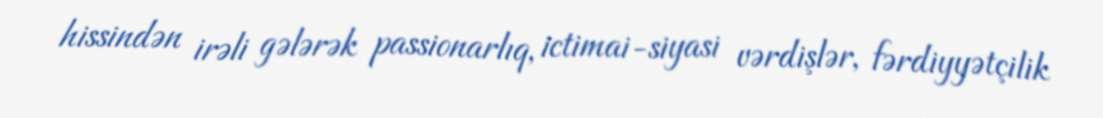
hissindən irəli gələrək passionarlıq, ictimai-siyasi vərdişlər, fərdiyyətçilik